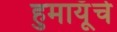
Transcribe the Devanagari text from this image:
हुमायूँचे